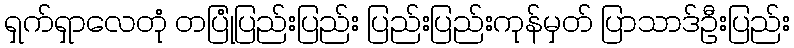
ရှက်ရှာလေတုံ တပြုံပြည်းပြည်း ပြည်းပြည်းကုန်မှတ် ပြာသာဒ်ဦးပြည်း